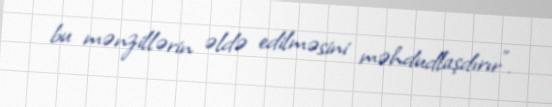
bu mənzillərin əldə edilməsini məhdudlaşdırır".